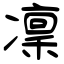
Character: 凜